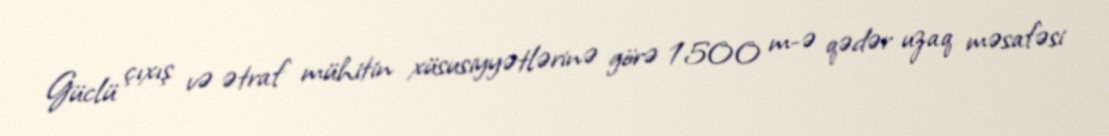
Güclü çıxış və ətraf mühitin xüsusiyyətlərinə görə 1500 m-ə qədər uzaq məsafəsi